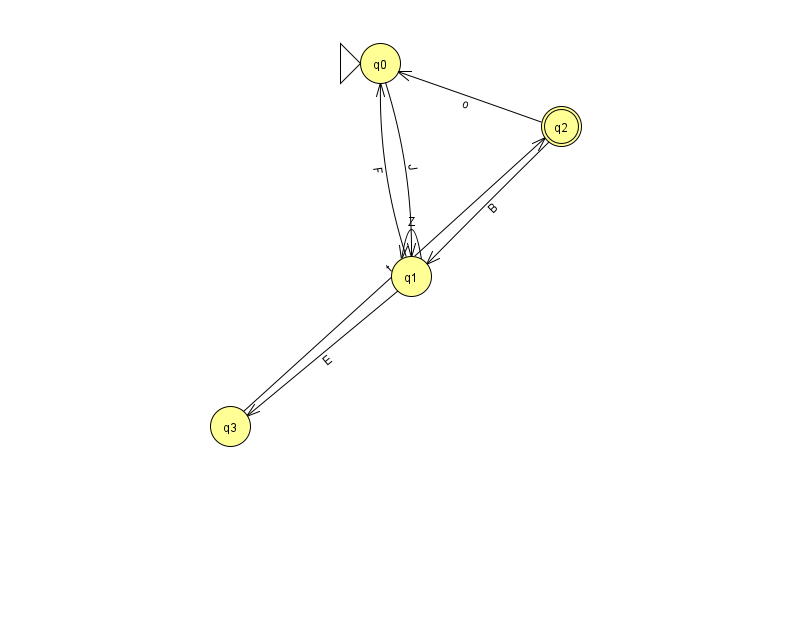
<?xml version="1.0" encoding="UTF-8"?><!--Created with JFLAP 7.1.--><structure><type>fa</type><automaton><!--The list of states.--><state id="0" name="q0"><x>380.0</x><y>50.0</y><initial/></state><state id="1" name="q1"><x>411.0</x><y>263.0</y></state><state id="2" name="q2"><x>561.0</x><y>113.0</y><final/></state><state id="3" name="q3"><x>230.0</x><y>413.0</y></state><!--The list of transitions.--><transition><from>2</from><to>1</to><read>B</read></transition><transition><from>1</from><to>0</to><read>F</read></transition><transition><from>3</from><to>2</to><read>t</read></transition><transition><from>1</from><to>3</to><read>E</read></transition><transition><from>2</from><to>0</to><read>o</read></transition><transition><from>1</from><to>1</to><read>Z</read></transition><transition><from>0</from><to>1</to><read>J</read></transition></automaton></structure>